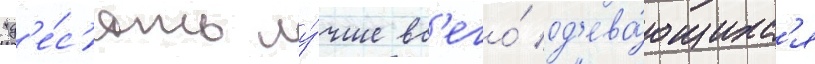
"д'е́с'ять лу́чше вс'его́ од'ева́ющихс'я